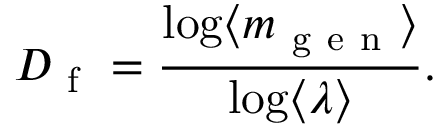
D _ { \mathrm { ~ f ~ } } = \frac { \log \langle m _ { \mathrm { ~ g ~ e ~ n ~ } } \rangle } { \log \langle \lambda \rangle } .